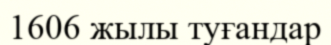
1606 жылы туғандар